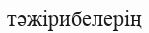
тәжірибелерің